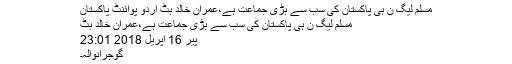
مسلم لیگ ن ہی پاکستان کی سب سے بڑی جماعت ہے،عمران خالد بٹ اُردو پوائنٹ پاکستان
مسلم لیگ ن ہی پاکستان کی سب سے بڑی جماعت ہے،عمران خالد بٹ
پیر 16 اپریل 2018 23:01
گوجرانوالہ۔